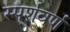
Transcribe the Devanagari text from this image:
स्पर्शवर्ण